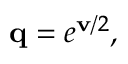
\mathbf { q } = e ^ { \mathbf { v } / 2 } ,